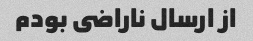
از ارسال ناراضى بودم